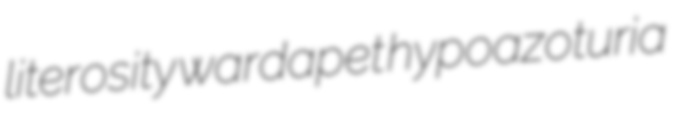
literosity wardapet hypoazoturia